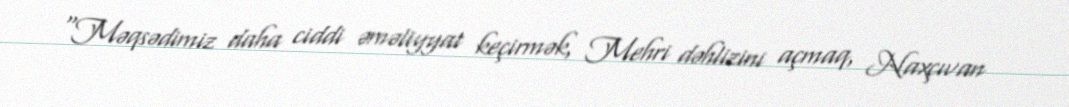
“Məqsədimiz daha ciddi əməliyyat keçirmək, Mehri dəhlizini açmaq, Naxçıvan